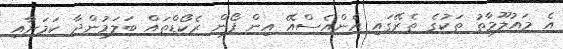
އެ މައުލޫމާތު ތަކުގެ ތެރޭގައި އެންއެސްއޭ އިން ފޯން ރެކޯޑްތައް ބަލަމުންދާ ކަމަށާއި